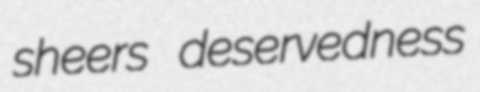
sheers deservedness